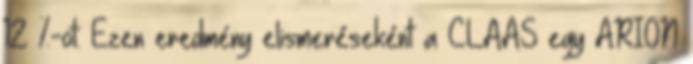
12 %-ot. Ezen eredmény elismeréseként a CLAAS egy ARION